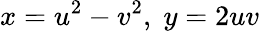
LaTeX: x=u^{2}-v^{2},\; y=2uv